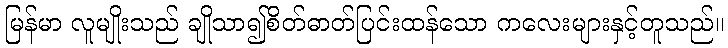
မြန်မာ လူမျိုးသည် ချိုသာ၍စိတ်ဓာတ်ပြင်းထန်သော ကလေးများနှင့်တူသည်။